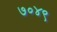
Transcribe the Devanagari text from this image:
७०४९